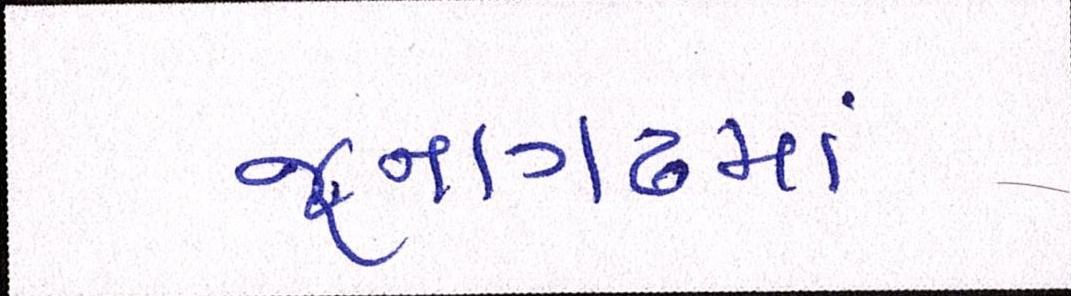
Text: જૂનાગઢમાં